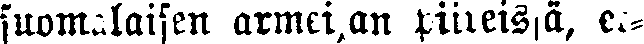
suomalaisen armeijan piireissä, et-